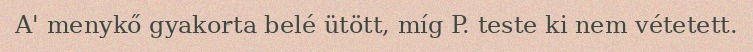
A' menykő gyakorta belé ütött, míg P. teste ki nem vétetett.